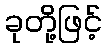
ခုတို့ဖြင့်